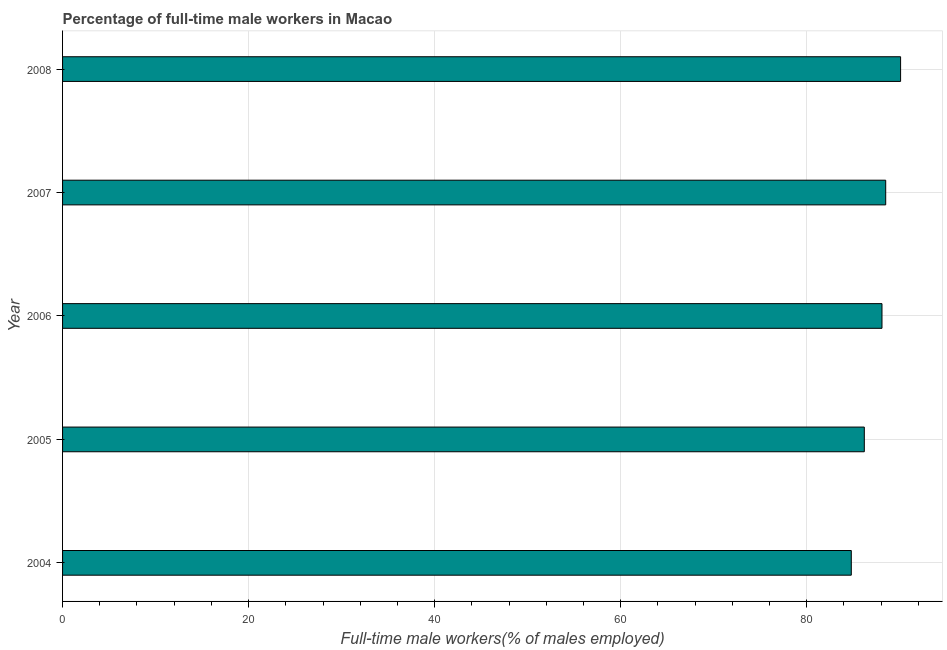
| Year | Wage and salary workers |
 | --- | --- |
 | 2004 | 84.8 |
 | 2005 | 86.2 |
 | 2006 | 88.1 |
 | 2007 | 88.5 |
 | 2008 | 90.1 |